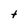
Character: t